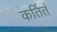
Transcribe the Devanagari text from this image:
कर्तितं